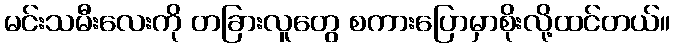
မင်းသမီးလေးကို တခြားလူတွေ စကားပြောမှာစိုးလို့ထင်တယ်။